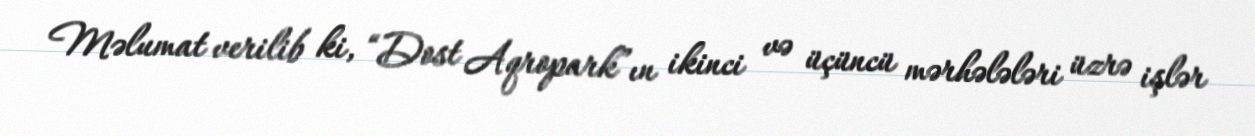
Məlumat verilib ki, “Dost Aqropark”ın ikinci və üçüncü mərhələləri üzrə işlər